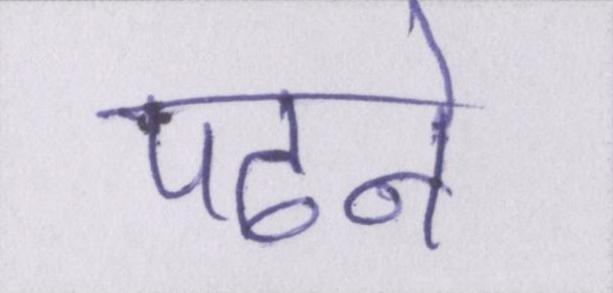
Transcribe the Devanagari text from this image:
पढने